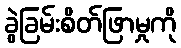
ခွဲခြမ်းစိတ်ဖြာမှုကို